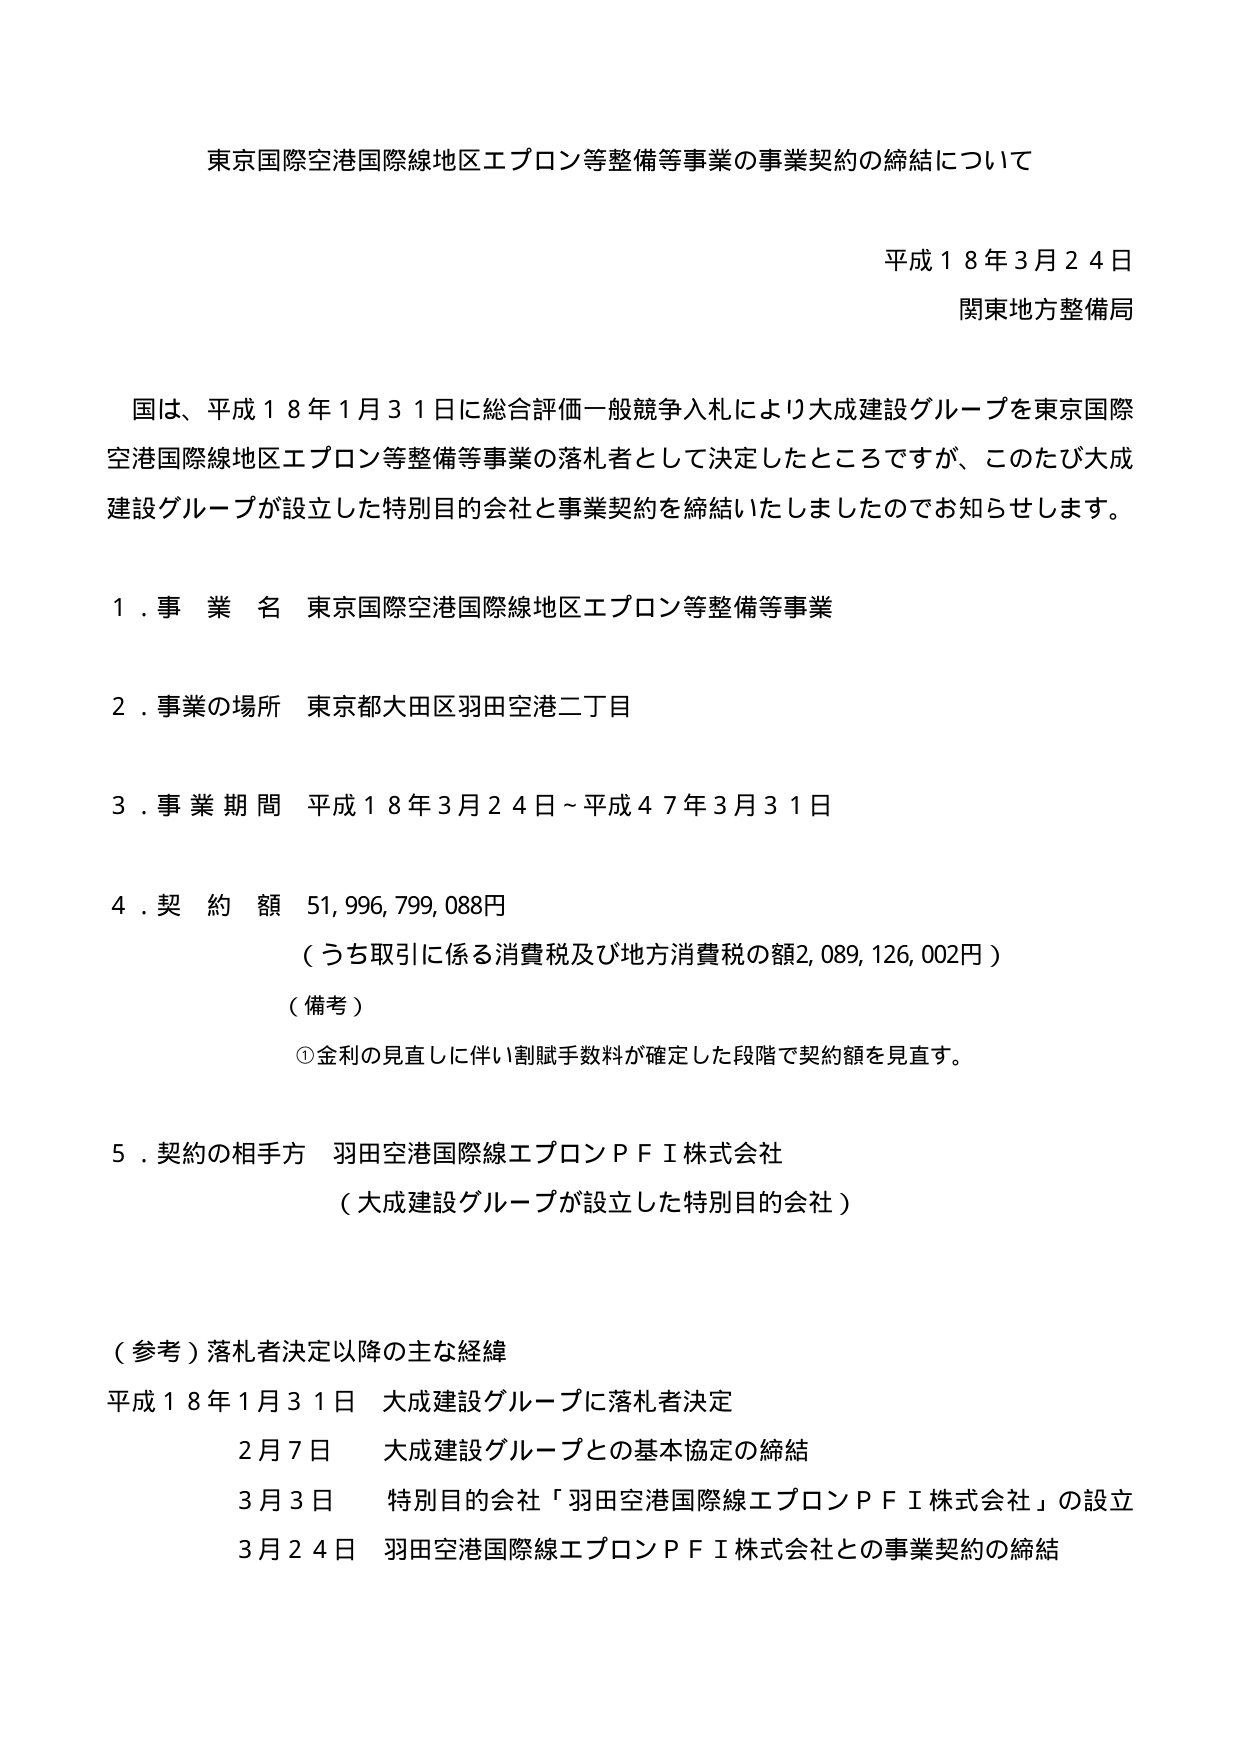
東京国際空港国際線地区エプロン等整備等事業の事業契約の締結について

平成１８年３月２４日
関東地方整備局

国は、平成１８年１月３１日に総合評価一般競争入札により大成建設グループを東京国際空港国際線地区エプロン等整備等事業の落札者として決定したところですが、このたび大成建設グループが設立した特別目的会社と事業契約を締結いたしましたのでお知らせします。

１．事業名 東京国際空港国際線地区エプロン等整備等事業

２．事業の場所 東京都大田区羽田空港二丁目

３．事業期間 平成１８年３月２４日～平成４７年３月３１日

４．契約額 51,996,799,088円
（うち取引に係る消費税及び地方消費税の額2,089,126,002円）
（備考）
①金利の見直しに伴い割賦手数料が確定した段階で契約額を見直す。

５．契約の相手方 羽田空港国際線エプロンＰＦＩ株式会社
（大成建設グループが設立した特別目的会社）

（参考）落札者決定以降の主な経緯
平成１８年１月３１日 大成建設グループに落札者決定
　　２月７日 大成建設グループとの基本協定の締結
　　３月３日 特別目的会社「羽田空港国際線エプロンＰＦＩ株式会社」の設立
　　３月２４日 羽田空港国際線エプロンＰＦＩ株式会社との事業契約の締結